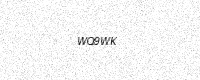
Text: WQ9WK